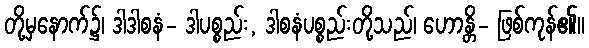
တို့မှနောက်၌၊ ဒါဒါစနံ- ဒါပစ္စည်း, ဒါစနံပစ္စည်းတို့သည်၊ ဟောန္တိ- ဖြစ်ကုန်၏။